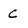
Character: c